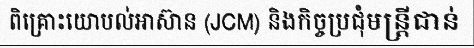
ពិគ្រោះយោបល់អាស៊ាន (JCM) និងកិច្ចប្រជុំមន្ត្រីជាន់